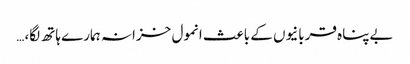
بےپناہ قربانیوں کے باعث انمول خزانہ ہمارے ہاتھ لگا،…